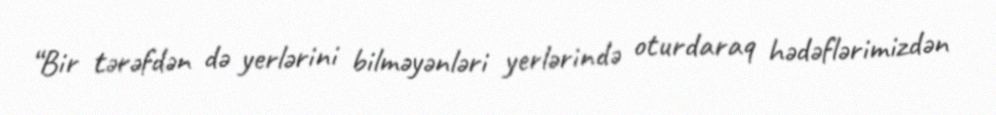
“Bir tərəfdən də yerlərini bilməyənləri yerlərində oturdaraq hədəflərimizdən